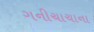
ગનીચાચાના